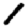
Digit: 1